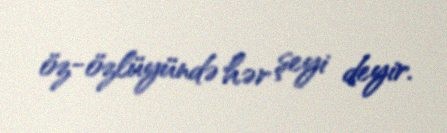
öz-özlüyündə hər şeyi deyir.